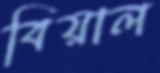
বিয়াল